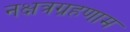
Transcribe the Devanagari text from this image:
नक्षत्रग्रहणाम